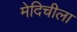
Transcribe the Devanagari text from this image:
मेदिचीला